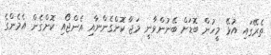
ތެރޭގައި އުޅޭ މީހުން ބޮޑަށް ބޭނުންވާނީ މަޖާ ކޮށްގެންނާއި އެންޖޯއި ކޮށްގެން އެމެންގެ